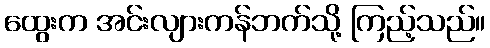
ထွေးက အင်းလျားကန်ဘက်သို့ ကြည့်သည်။